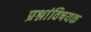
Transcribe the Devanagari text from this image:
प्रश्नांविषयक